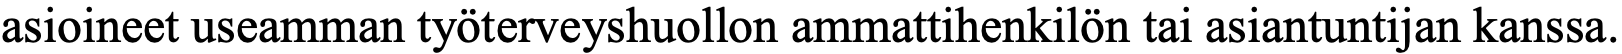
asioineet useamman työterveyshuollon ammattihenkilön tai asiantuntijan kanssa.